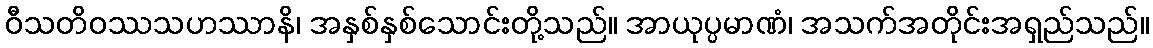
ဝီသတိဝဿသဟဿာနိ၊ အနှစ်နှစ်သောင်းတို့သည်။ အာယုပ္ပမာဏံ၊ အသက်အတိုင်းအရှည်သည်။